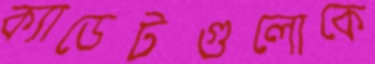
ক্যাডেটগুলোকে